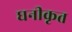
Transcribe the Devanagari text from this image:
घनीकृत